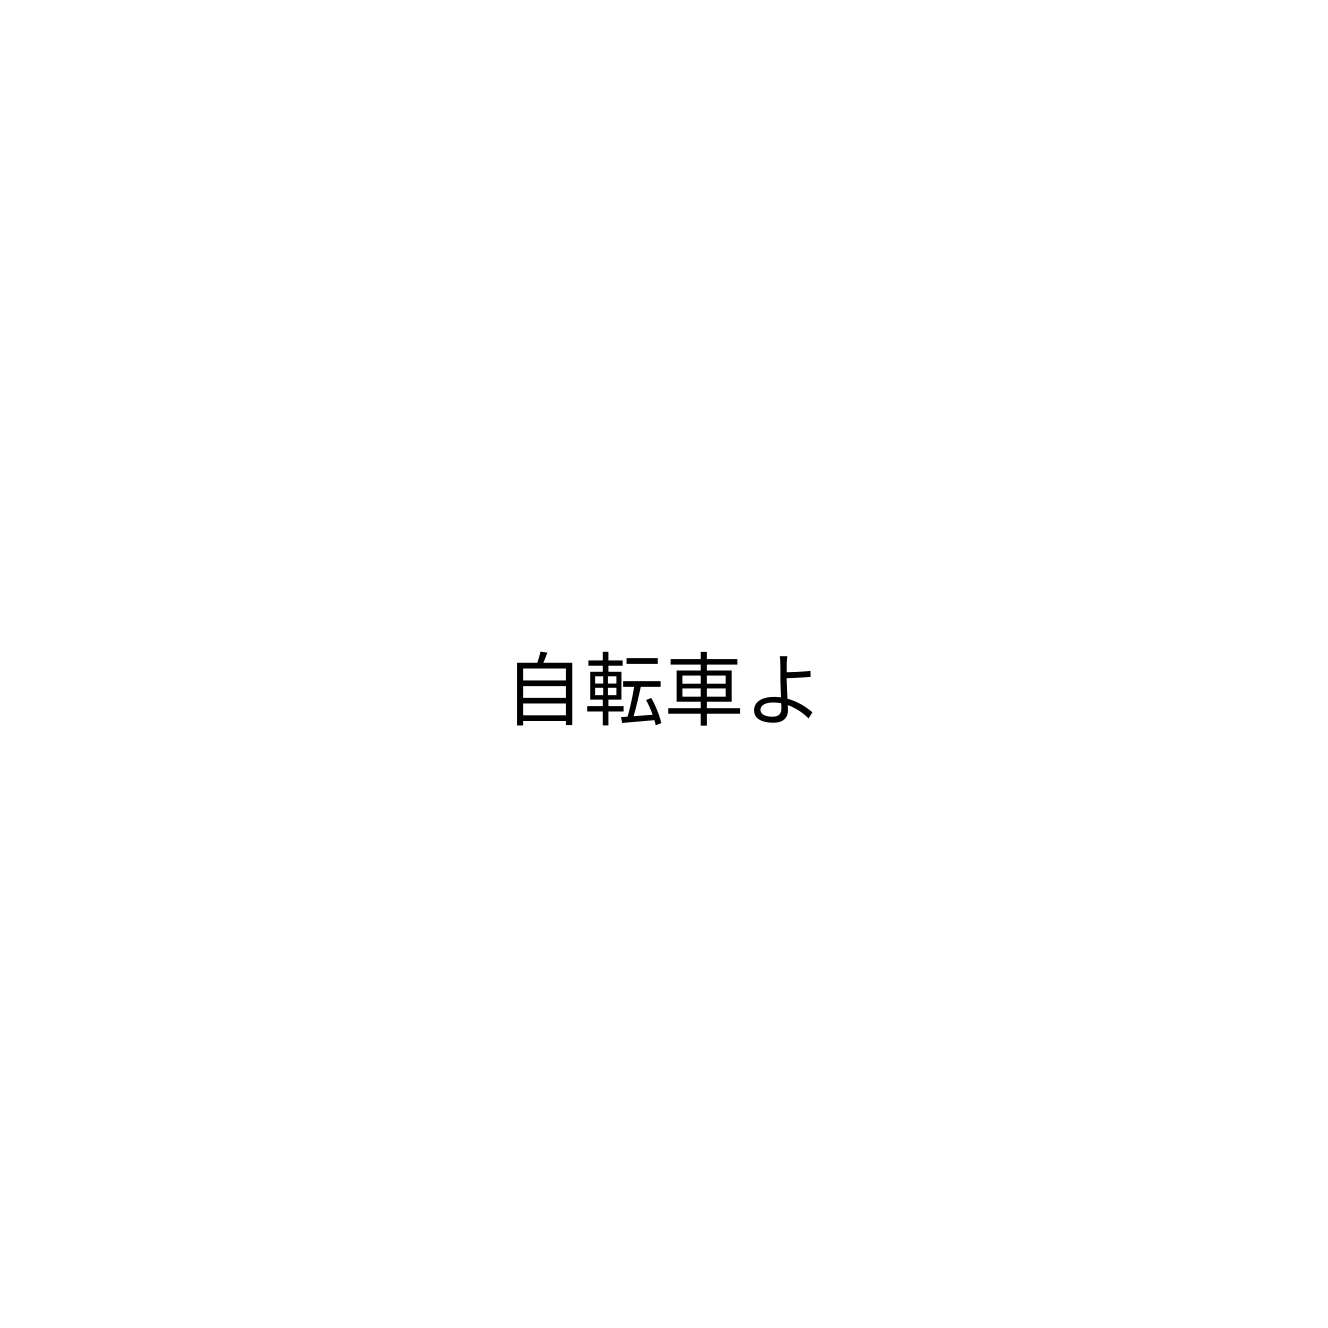
自転車よ